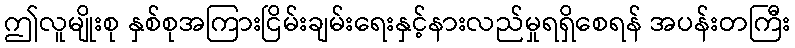
ဤလူမျိုးစု နှစ်စုအကြားငြိမ်းချမ်းရေးနှင့်နားလည်မှုရရှိစေရန် အပန်းတကြီး